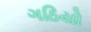
ગઠિયો